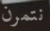
نتمرن